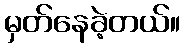
မှတ်နေခဲ့တယ်။